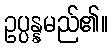
ဥပ္ပန္နမည်၏။